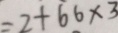
= 2 + 6 6 \times 3